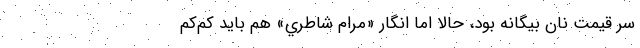
سر قيمت نان بيگانه بود، حالا اما انگار «مرام شاطري» هم بايد كم‌كم